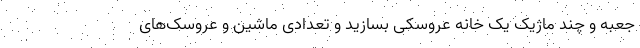
جعبه و چند ماژیک یک خانه عروسکی بسازید و تعدادی ماشین و عروسک‌های